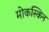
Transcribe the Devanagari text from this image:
मोकस्किन